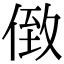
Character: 𠊷